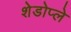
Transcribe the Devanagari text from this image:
शेडोप्ले